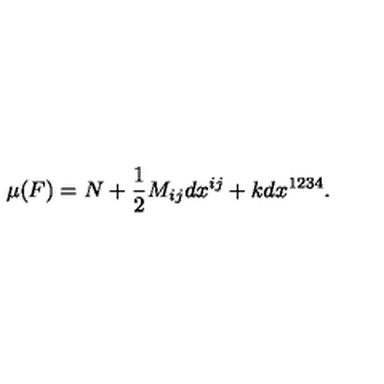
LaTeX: \mu ( F ) = N + \frac { 1 } { 2 } M _ { i j } d x ^ { i j } + k d x ^ { 1 2 3 4 } .